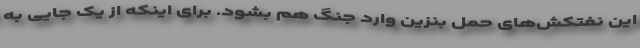
این نفتکش‌های حمل بنزین وارد جنگ هم بشود. برای اینکه از یک جایی به